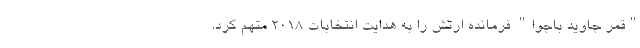
"قمر جاوید باجوا" فرمانده ارتش را به هدایت انتخابات 2018 متهم کرد.